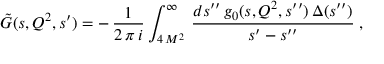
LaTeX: \tilde { G } ( s , Q ^ { 2 } , s ^ { \prime } ) = - \, \frac { 1 } { 2 \, \pi \, i } \int _ { 4 \, M ^ { 2 } } ^ { \infty } \, \frac { d s ^ { \prime \prime } \, g _ { 0 } ( s , Q ^ { 2 } , s ^ { \prime \prime } ) \, \Delta ( s ^ { \prime \prime } ) } { s ^ { \prime } - s ^ { \prime \prime } } \; ,